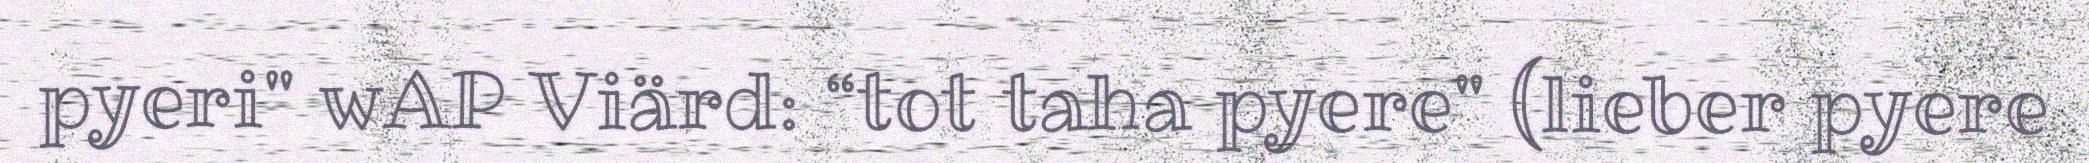
pyeri" wAP Viärd: “tot taha pyere" (lieber pyere